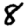
Digit: 8